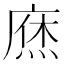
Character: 𢊒